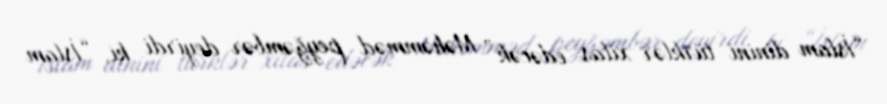
“İslam dinini türklər xilas edəcək” Məhəmməd peyğəmbər deyirdi ki, “İslam